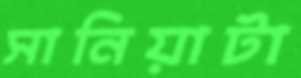
সানিয়াটা